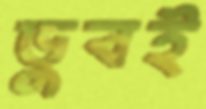
ডুবই